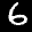
Label: 6